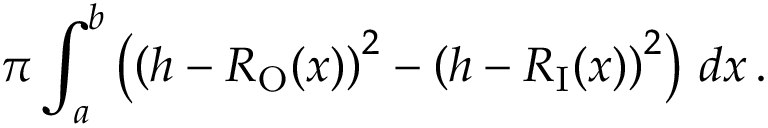
\pi \int _ { a } ^ { b } \left( \left( h - R _ { \mathrm { O } } ( x ) \right) ^ { 2 } - \left( h - R _ { \mathrm { I } } ( x ) \right) ^ { 2 } \right) \, d x \, .